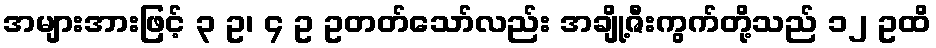
အများအားဖြင့် ၃ ဥ၊ ၄ ဥ ဥတတ်သော်လည်း အချို့ဇီးကွက်တို့သည် ၁၂ ဥထိ